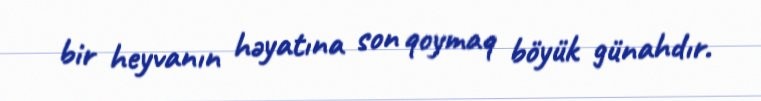
bir heyvanın həyatına son qoymaq böyük günahdır.